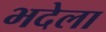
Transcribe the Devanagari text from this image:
भदेला